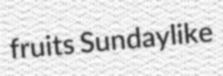
fruits Sundaylike